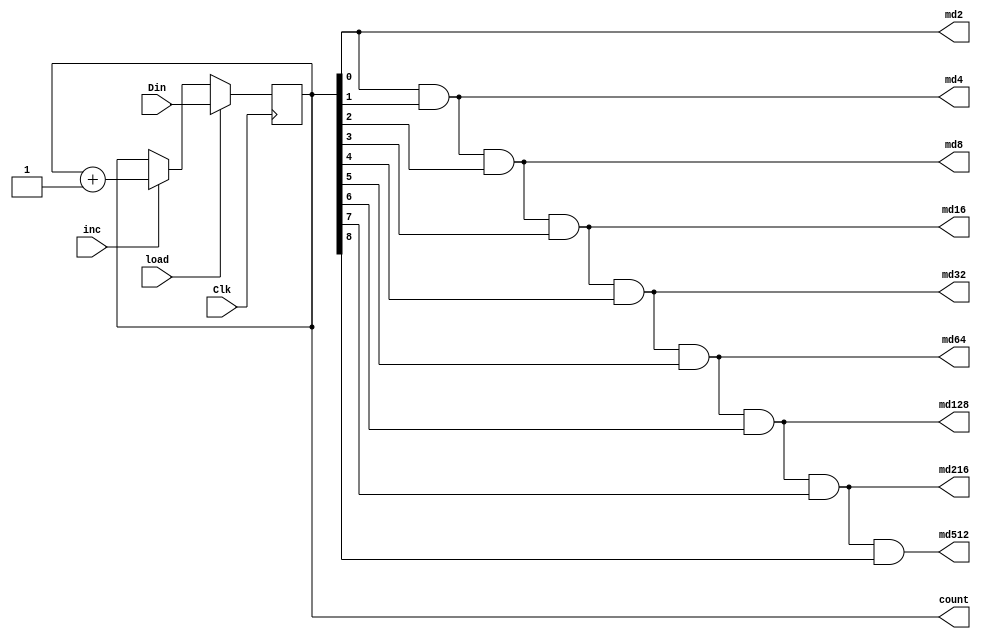
`timescale 1ns / 1ps
//////////////////////////////////////////////////////////////////////////////////
// Company: 
// Engineer: 
// 
// Design Name: 
// Module Name:    counter9bit 
// Project Name: 
// Target Devices: 
// Tool versions: 
// Description: 	9 bit loadable counter, increments on external signal called inc
//
// Dependencies: 
//
// Revision: 
// Revision 0.01 - File Created
// Additional Comments: 
//
//////////////////////////////////////////////////////////////////////////////////
module counter9bit(Clk, load, inc, count, Din,
							md2, md4, md8, md16,
							md32, md64, md128,
							md216, md512);
		
		input Clk, load, inc;
		input [8:0] Din;
		
		output md2, md4, md8, md16, md32, md64, md128, md216, md512;
		output reg [8:0] count;
		
		always @(posedge Clk) begin
			if (load)
				count <= Din;
			else if	(inc)
				count <= count + 1;
		end
		
		assign md2 		= count[0];
		assign md4 		= count[0] & count[1];
		assign md8 		= count[0] & count[1] & count[2];
		assign md16 	= count[0] & count[1] & count[2] & count[3];
		assign md32	 	= count[0] & count[1] & count[2] & count[3] & count[4];
		assign md64 	= count[0] & count[1] & count[2] & count[3] & count[4] & count[5];
		assign md128 	= count[0] & count[1] & count[2] & count[3] & count[4] & count[5] & count [6];
		assign md216 	= count[0] & count[1] & count[2] & count[3] & count[4] & count[5] & count [6] & count[7];
		assign md512 	= count[0] & count[1] & count[2] & count[3] & count[4] & count[5] & count [6] & count[7] & count[8];
		
endmodule